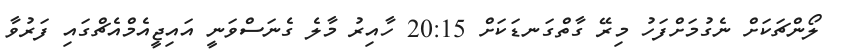
ލޯންޗަކަށް ނެގުމަށްފަހު މިރޭ ގާތްގަނޑަކަށް 20:15 ހާއިރު މާލެ ގެނަސްވަނީ އައިޖީއެމްއެޗްގައި ފަރުވާ